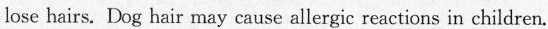
lose hairs. Dog hair may cause allergic reactions in children .